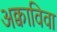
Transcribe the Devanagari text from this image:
अक्वाविवा